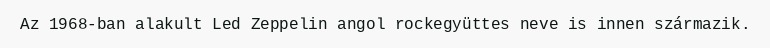
Az 1968-ban alakult Led Zeppelin angol rockegyüttes neve is innen származik.